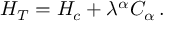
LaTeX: { \cal H } _ { T } = { \cal H } _ { c } + \lambda ^ { \alpha } { \cal C } _ { \alpha } \, .